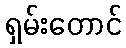
ရှမ်းတောင်